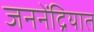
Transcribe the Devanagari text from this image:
जननेंद्रियात